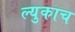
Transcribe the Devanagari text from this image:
ल्युकाच